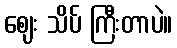
ဈေး သိပ် ကြီးတာပဲ။